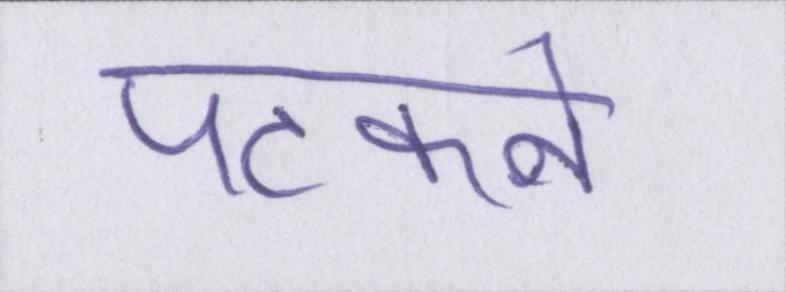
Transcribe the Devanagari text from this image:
पटकने